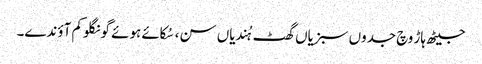
جیٹھ ہاڑ وچ جدوں سبزیاں گھٹ ہُندیاں سن، سُکائے ہوئے گونگلو کم آؤندے۔